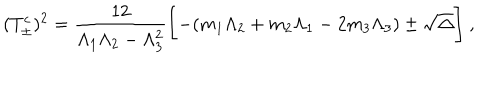
LaTeX: ( T _ { \pm } ^ { c } ) ^ { 2 } = \frac { 1 2 } { \Lambda _ { 1 } \Lambda _ { 2 } - \Lambda _ { 3 } ^ { 2 } } \Biggl [ - ( m _ { 1 } \Lambda _ { 2 } + m _ { 2 } \Lambda _ { 1 } - 2 m _ { 3 } \Lambda _ { 3 } ) \pm \sqrt { \Delta } \Biggr ] ~ ,